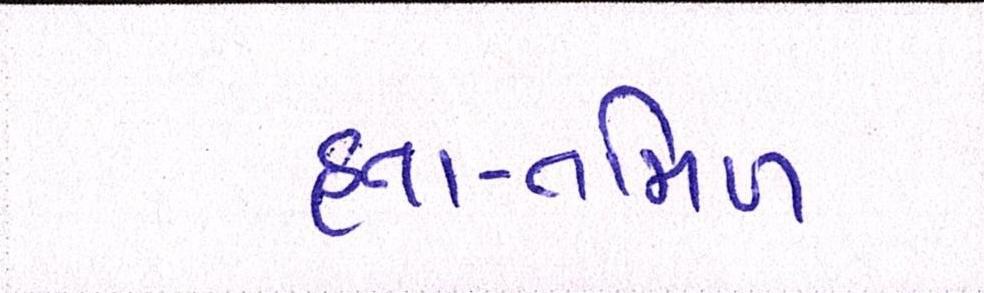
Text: હતા-તમિળ